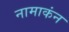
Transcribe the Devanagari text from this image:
नामाकंन